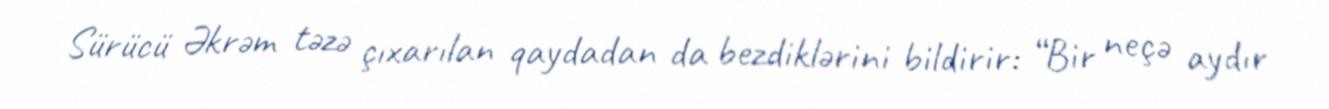
Sürücü Əkrəm təzə çıxarılan qaydadan da bezdiklərini bildirir: “Bir neçə aydır